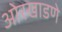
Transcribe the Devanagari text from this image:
ओरखाडणे